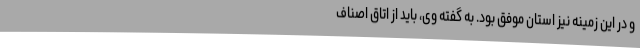
و در این زمینه نیز استان موفق بود. به گفته وی، باید از اتاق اصناف